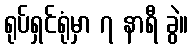
ရုပ်ရှင်ရုံမှာ ၇ နာရီ ခွဲ။